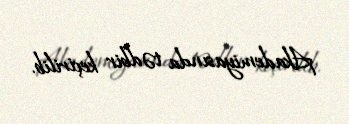
Akademiyasında tədbir keçirilib.